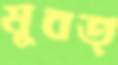
ষুবত্